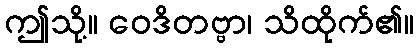
ဤသို့။ ဝေဒိတဗ္ဗာ၊ သိထိုက်၏။